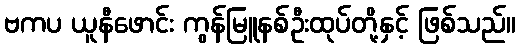
ဗကပ ယူနီဖောင်း ကွန်မြူနစ်ဦးထုပ်တို့နှင့် ဖြစ်သည်။